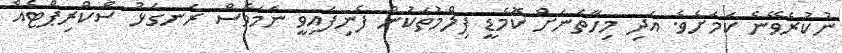
ނުކުރެވޭނެ ކަމަށެވެ. އަދި މިހާތަނަށް ކޮމެޑީ ފިލްމުތަކުން ފެނިފައިވީ ނަމަވެސް ރަނގަޅު ސްކްރިޕްޓެއް